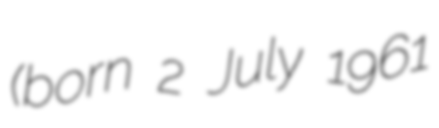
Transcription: (born 2 July 1961